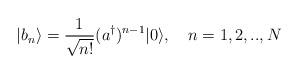
LaTeX: \begin{align*}|b_n\rangle = \frac{1}{\sqrt{n!}} (a^\dagger)^{n-1} |0\rangle, \quad n=1,2,..,N\end{align*}